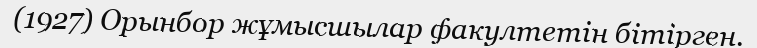
(1927) Орынбор жұмысшылар факултетін бітірген.